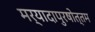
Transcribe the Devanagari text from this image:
मर्यादापुरषोत्तम